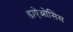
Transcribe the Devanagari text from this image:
डाऐओसिस